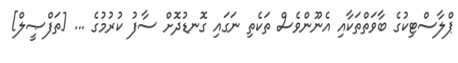
ޕްލާސްޓިކުގެ ބާވަތްތަކާއި އެނޫންވެސް ތަކެތި ނަގައި ގޮނޑުދޮށް ސާފު ކުރުމުގެ ... [ތަފްޞީލް]